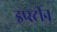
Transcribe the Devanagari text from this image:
इप्स्टीन